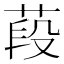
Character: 葮